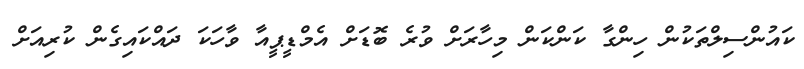
ކައުންސިލްތަކުން ހިންގާ ކަންކަން މިހާރަށް ވުރެ ބޮޑަށް އެމްޑީޕީއާ ވާހަކަ ދައްކައިގެން ކުރިއަށް